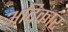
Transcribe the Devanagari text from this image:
अदिकार